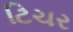
ટિચર